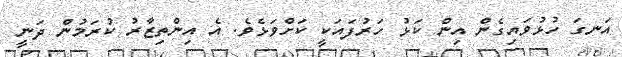
އަނގަ ހުޅުވައިގެން އިން ކަޅު ހަރުފައަކީ ކަށްވަޅެވެ. އެ އިންތިޒާރު ކުރަމުން ދަނީ